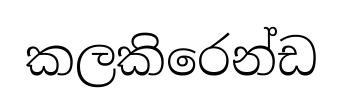
කලකිරෙන්ඩ